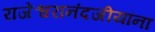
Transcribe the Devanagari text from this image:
राजेश्वरानंदजीयांना